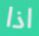
اذا